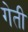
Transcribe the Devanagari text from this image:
गेती